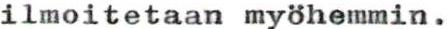
ilmoitetaan myöhemmin.